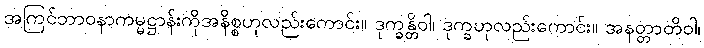
အကြင်ဘာဝနာကမ္မဋ္ဌာန်းကိုအနိစ္စဟုလည်းကောင်း။ ဒုက္ခန္တိဝါ၊ ဒုက္ခဟုလည်းကောင်း။ အနတ္တာတိဝါ၊